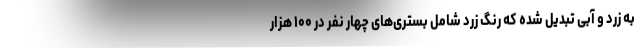
به زرد و آبی تبدیل شده که رنگ زرد شامل بستری‌های چهار نفر در ۱۰۰ هزار